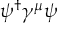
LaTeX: \psi ^ { \dagger } \gamma ^ { \mu } \psi